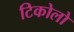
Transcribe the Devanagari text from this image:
टिकोलो